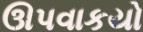
ઊપવાકયો